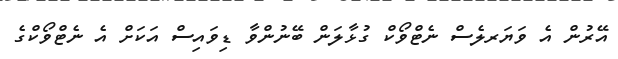
އޭރުން އެ ވަޔަރލެސް ނެޓްވޯކް ގުޅާލަން ބޭނުންވާ ޑިވައިސް އަކަށް އެ ނެޓްވޯކްގެ